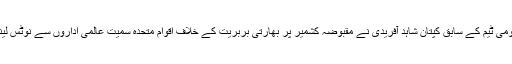
واضح رہے کہ قومی ٹیم کے سابق کپتان شاہد آفریدی نے مقبوضہ کشمیر پر بھارتی بربریت کے خلاف اقوام متحدہ سمیت عالمی اداروں سے نوٹس لینے کا مطالبہ کیا۔